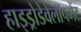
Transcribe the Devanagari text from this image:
हाइड्रोडेवेलॉपमेंट